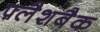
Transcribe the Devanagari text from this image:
फ़्लैशबैक